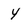
Character: y